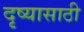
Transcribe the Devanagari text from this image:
दृष्यासाठी